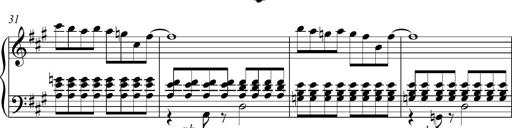
Title: Piano Sonatina in A major
Composer: Z Q Sysmoebius
Key: A major